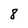
Character: 8